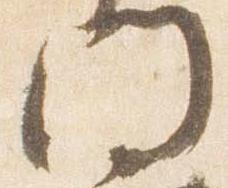
門